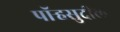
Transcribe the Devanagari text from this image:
पॉर्‍हसुदील